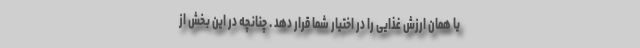
یا همان ارزش غذایی را در اختیار شما قرار دهد . چنانچه در این بخش از